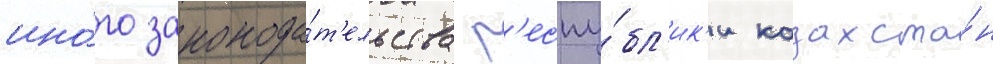
ино́го законода́т'ельства р'еспу́бл'ик'и казахста́н